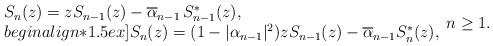
LaTeX: \begin{align*} \begin{array}l S_{n}(z) = z S_{n-1}(z) - \overline{\alpha}_{n-1}\, S_{n-1}^{\ast}(z), \\begin{align*}1.5ex] S_{n}(z) = (1 - |\alpha_{n-1}|^2) z S_{n-1}(z) - \overline{\alpha}_{n-1} S_{n}^{\ast}(z),\end{array}n \geq 1.\end{align*}